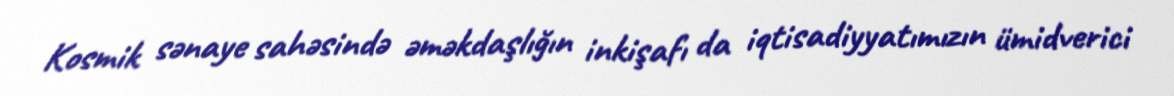
Kosmik sənaye sahəsində əməkdaşlığın inkişafı da iqtisadiyyatımızın ümidverici